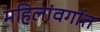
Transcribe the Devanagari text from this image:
महिलांवर्गात